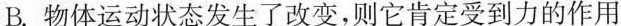
B.物体运动状态发生了改变，则它肯定受到力的作用